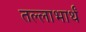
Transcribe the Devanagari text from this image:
तल्लाभार्थं